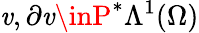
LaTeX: \mathit{v},\partial\mathit{v}\inP^{\ast}\Lambda^{1}(\Omega)